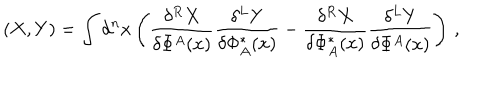
LaTeX: ( X , Y ) = \int d ^ { n } x \left( \frac { \delta ^ { R } X } { \delta \Phi ^ { A } ( x ) } \frac { \delta ^ { L } Y } { \delta \Phi _ { A } ^ { * } ( x ) } - \frac { \delta ^ { R } X } { \delta \Phi _ { A } ^ { * } ( x ) } \frac { \delta ^ { L } Y } { \delta \Phi ^ { A } ( x ) } \right) \, ,